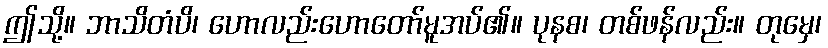
ဤသို့။ ဘာသိတံပိ၊ ဟောလည်းဟောတော်မူအပ်၏။ ပုနစ၊ တစ်ဖန်လည်း။ တုမှေ၊